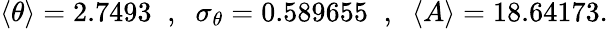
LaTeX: \begin{array}{r}{\langle\theta\rangle=2.7493\; \; ,\; \; \sigma_{\theta}=0.589655\; \; ,\; \; \langle A\rangle=18.64173.}\end{array}